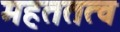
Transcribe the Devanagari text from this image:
महततत्व